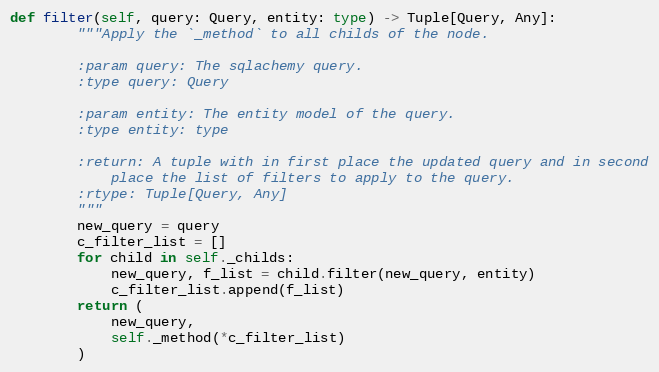
Language: Python
def filter(self, query: Query, entity: type) -> Tuple[Query, Any]:
        """Apply the `_method` to all childs of the node.

        :param query: The sqlachemy query.
        :type query: Query

        :param entity: The entity model of the query.
        :type entity: type

        :return: A tuple with in first place the updated query and in second
            place the list of filters to apply to the query.
        :rtype: Tuple[Query, Any]
        """
        new_query = query
        c_filter_list = []
        for child in self._childs:
            new_query, f_list = child.filter(new_query, entity)
            c_filter_list.append(f_list)
        return (
            new_query,
            self._method(*c_filter_list)
        )